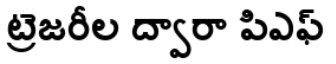
ట్రెజరీల ద్వారా పిఎఫ్